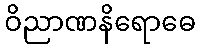
ဝိညာဏနိရောဓေ